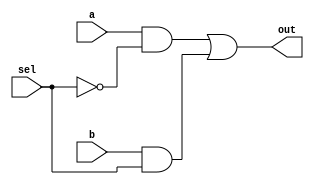
/*
 * Antonio Aguilar
 * Equipo 1
 * Seccion D04
 * Multiplexor 2 a 1 funcional 
*/

module mux2to1f(input a, b, sel, output out);
	assign out = (a & !sel) | (b & sel);
endmodule